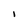
Character: I